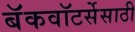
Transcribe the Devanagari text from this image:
बॅकवॉटर्सेसाठी